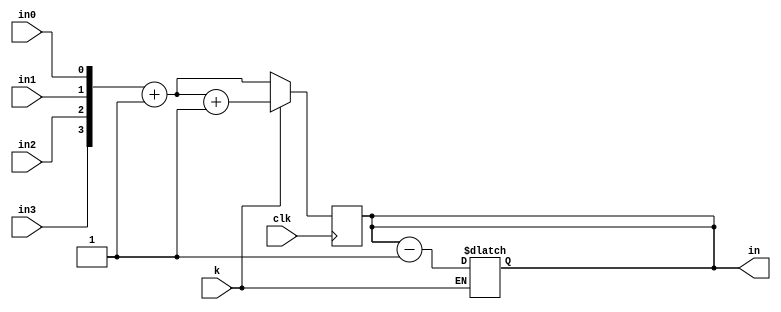
module over(//switch disappearing customer to next
   input clk,
   input k,//k to detect disappearing customer
   input in0,in1,in2,in3,   
   output reg [3:0]in);

wire C1,C2,C3,C4;
reg [3:0]inf;
reg [3:0]ink;
reg [3:0]ing;
//switch disappearing customer with the next
always @(posedge clk)
begin
ink[0]=in0;
ink[1]=in1;
ink[2]=in2;
ink[3]=in3;
in=ink+4'b0001;
if(k==1)//k=1 for disappearing customer
begin
ing=in;
in=ing+4'b0001;
end 
end

always @(k)
begin
if(k==0)//k=0 for normal situation
begin
inf=in;
in=inf-4'b0001;
end
end

endmodule